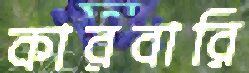
কারবারি